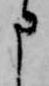
申